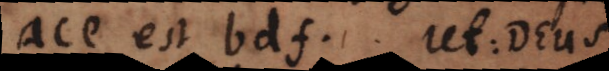
ace est bdf. Ut: Deus